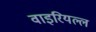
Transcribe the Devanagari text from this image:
वाइरियल्ल